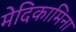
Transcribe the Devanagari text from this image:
मेदिकामिना